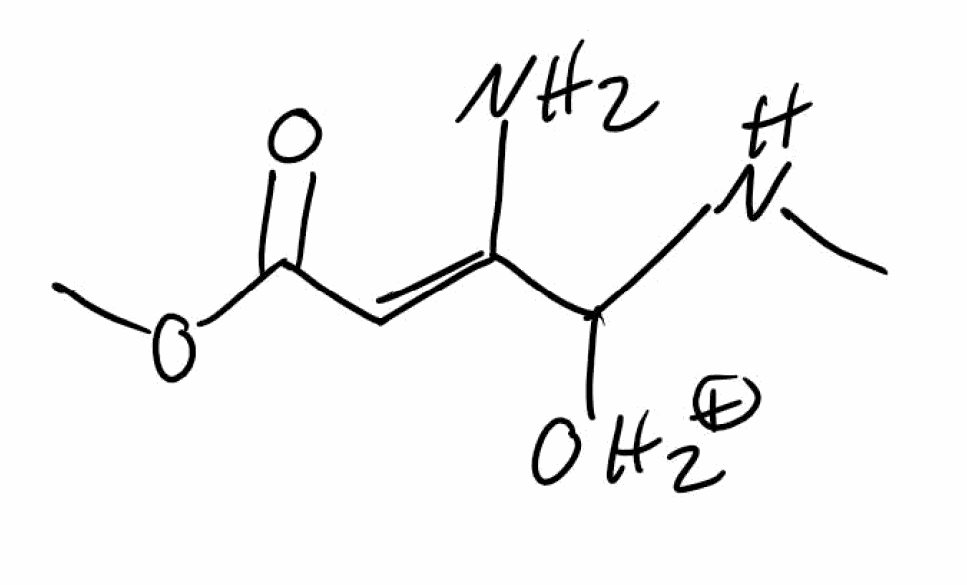
Simplified molecular-input line-entry system (SMILES) notation of the given molecule:
CNC(/C(=C/C(=O)OC)/N)[OH2+]